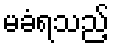
မခံရသည့်